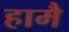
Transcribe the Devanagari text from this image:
हामै